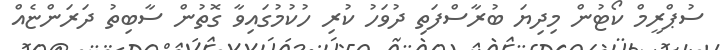
ސުޕްރީމް ކޯޓުން މިދިޔަ ބުރާސްފަތި ދުވަހު ކުރި ހުކުމުގައިވާ ގޮތުން ސާބިތު ދަރަންޏެއް